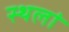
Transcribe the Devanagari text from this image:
स्थलां